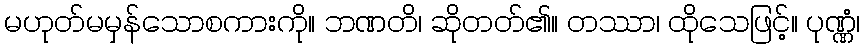
မဟုတ်မမှန်သောစကားကို။ ဘဏတိ၊ ဆိုတတ်၏။ တဿာ၊ ထိုသေဖြင့်။ ပုဏ္ဏံ၊